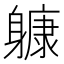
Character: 躿